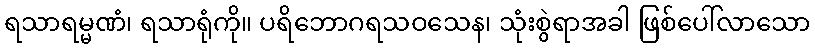
ရသာရမ္မဏံ၊ ရသာရုံကို။ ပရိဘောဂရသဝသေန၊ သုံးစွဲရာအခါ ဖြစ်ပေါ်လာသော